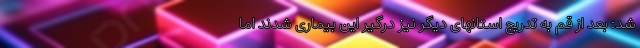
شد: بعد از قم به تدریج استانهای دیگر نیز درگیر این بیماری شدند اما